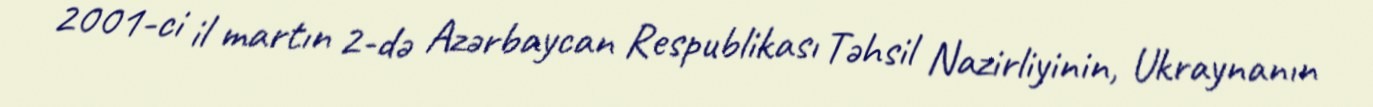
2001-ci il martın 2-də Azərbaycan Respublikası Təhsil Nazirliyinin, Ukraynanın